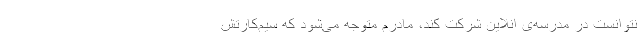
نتوانست در مدرسه‌ی انلاین شرکت کند، مادرم متوجه می‌شود که سیم‌کارتش